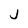
Character: j